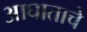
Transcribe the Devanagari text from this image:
आघाताचे